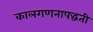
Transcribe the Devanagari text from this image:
कालगणनापद्धती